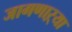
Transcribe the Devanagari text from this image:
जागणाऱ्या